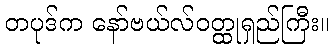
တပုဒ်က နော်ဗယ်လ်ဝတ္ထုရှည်ကြီး။